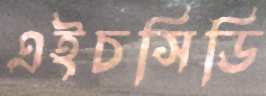
এইচসিডি